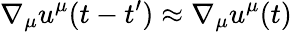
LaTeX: \nabla_{\mu}u^{\mu}(t-t^{\prime})\approx\nabla_{\mu}u^{\mu}(t)